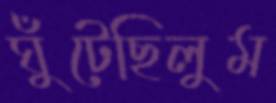
ঘুঁটেছিলুম